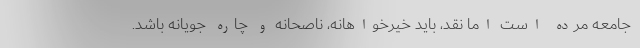
جامعه مرده است اما نقد، باید خیرخواهانه، ناصحانه و چاره جویانه باشد.